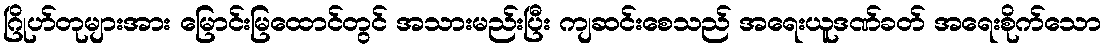
ဂြိုဟ်တုများအား မြောင်းမြထောင်တွင် အသားမည်းပြီး ကျဆင်းစေသည် အရေးယူဒဏ်ခတ် အရေးစိုက်သော